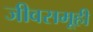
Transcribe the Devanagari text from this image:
जीवसमूही